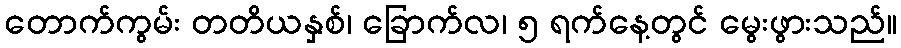
တောက်ကွမ်း တတိယနှစ်၊ ခြောက်လ၊ ၅ ရက်နေ့တွင် မွေးဖွားသည်။